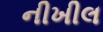
નીખીલ